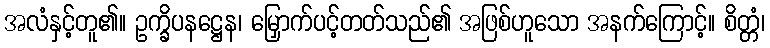
အလံနှင့်တူ၏။ ဥက္ခိပနဋ္ဌေန၊ မြှောက်ပင့်တတ်သည်၏ အဖြစ်ဟူသော အနက်ကြောင့်။ စိတ္တံ၊